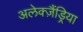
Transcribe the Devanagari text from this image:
अलेक्ज़ैंड्रिया